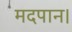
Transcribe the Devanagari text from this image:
मदपान।